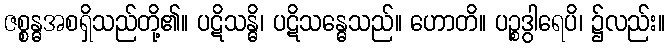
ဇစ္စန္ဓအစရှိသည်တို့၏။ ပဋိသန္ဓိ၊ ပဋိသန္ဓေသည်။ ဟောတိ။ ပဉ္စဒွါရေပိ၊ ၌လည်း။